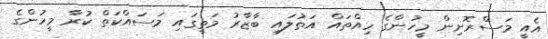
އެއީ މަސްރޮށިން މީހުންގެ ހިއްތައް އަތުލައި ބާޒާރު މަތީގައި މަސައްކަތް ކުރާ މީހުންގެ